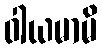
ဝါယမာမိ